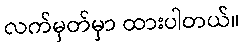
လက်မှတ်မှာ ထားပါတယ်။